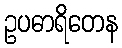
ဥပဓာရိတေန